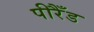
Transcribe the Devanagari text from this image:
पीरैँड